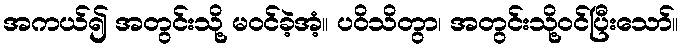
အကယ်၍ အတွင်းသို့ မဝင်ခဲ့အံ့။ ပဝိသိတွာ၊ အတွင်းသို့ဝင်ပြီးသော်။